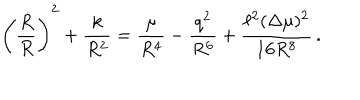
LaTeX: \left( \frac { \dot { R } } { R } \right) ^ { 2 } + \frac { k } { R ^ { 2 } } = \frac { \mu } { R ^ { 4 } } - \frac { q ^ { 2 } } { R ^ { 6 } } + \frac { \ell ^ { 2 } ( \Delta \mu ) ^ { 2 } } { 1 6 R ^ { 8 } } \, .